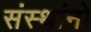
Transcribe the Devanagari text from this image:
संस्थांनो